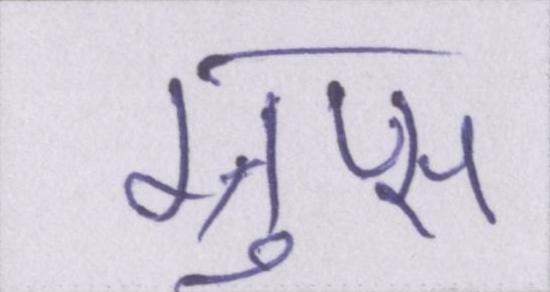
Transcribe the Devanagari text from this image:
ग्रुप्स